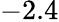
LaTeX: -2.4